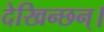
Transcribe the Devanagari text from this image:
देखिन्छन्।